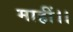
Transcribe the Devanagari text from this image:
माहीं।।